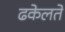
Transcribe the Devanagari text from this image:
ढकेलते